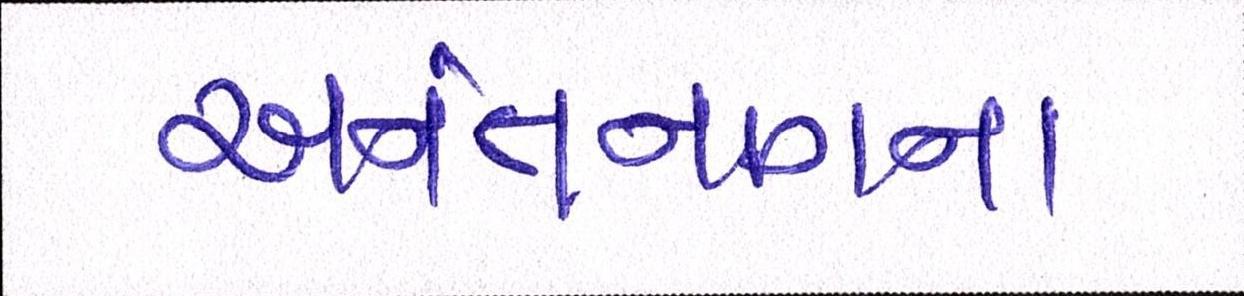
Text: અનંતનાગના